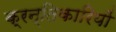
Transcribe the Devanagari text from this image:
क्रन्तिकारियों